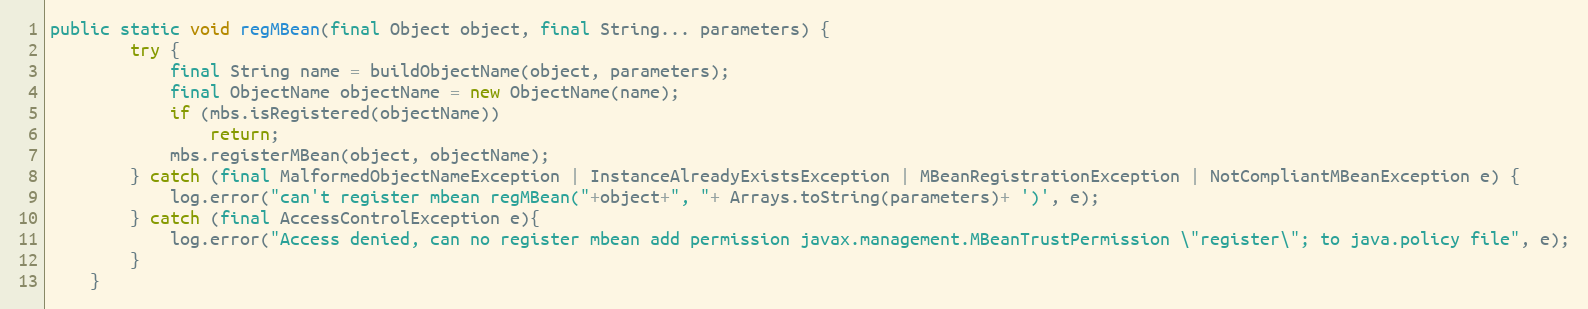
Language: Java
public static void regMBean(final Object object, final String... parameters) {
		try {
			final String name = buildObjectName(object, parameters);
			final ObjectName objectName = new ObjectName(name);
			if (mbs.isRegistered(objectName))
				return;
			mbs.registerMBean(object, objectName);
		} catch (final MalformedObjectNameException | InstanceAlreadyExistsException | MBeanRegistrationException | NotCompliantMBeanException e) {
			log.error("can't register mbean regMBean("+object+", "+ Arrays.toString(parameters)+ ')', e);
		} catch (final AccessControlException e){
			log.error("Access denied, can no register mbean add permission javax.management.MBeanTrustPermission \"register\"; to java.policy file", e);
		}
	}